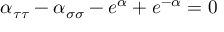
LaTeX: \alpha _ { \tau \tau } - \alpha _ { \sigma \sigma } - e ^ { \alpha } + e ^ { - \alpha } = 0